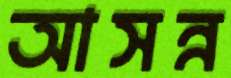
আসন্ন